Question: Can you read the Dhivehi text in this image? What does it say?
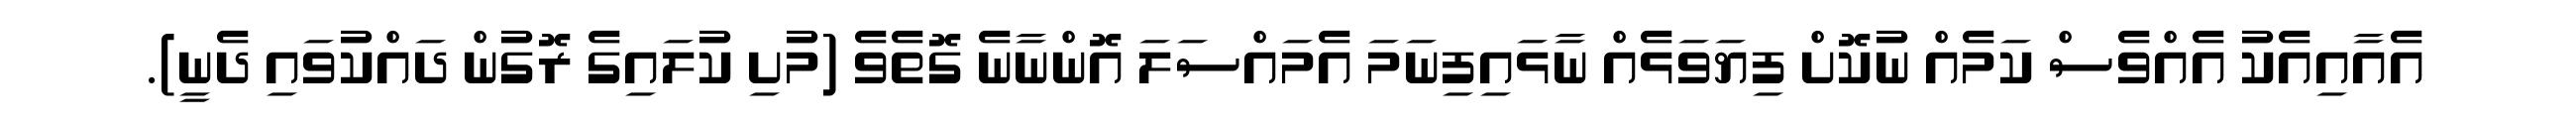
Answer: އެއާއިއެކު އެއްވެސް ކަމެއް ނުކޮށް ފިޔަވަޅެއް ނާޅައިފިނަމަ އެމައްސަލަ އޮންނާނެ ގޮތެވެ (މުށި ކުލައިގެ ރޮގުން ދައްކުވައި ދެނީ).